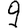
Digit: 9